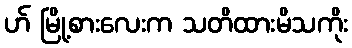
ဟ် မြို့စားလေးက သတိထားမိသကိုး